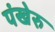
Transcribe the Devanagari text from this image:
पंखेरु